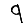
Digit: 9